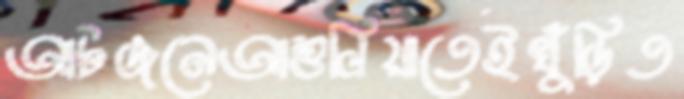
আটজনেআশুলিয়াতেইখুঁড়িত